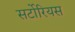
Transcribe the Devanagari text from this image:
सर्टोरियस